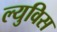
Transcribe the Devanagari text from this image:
ल्युविस